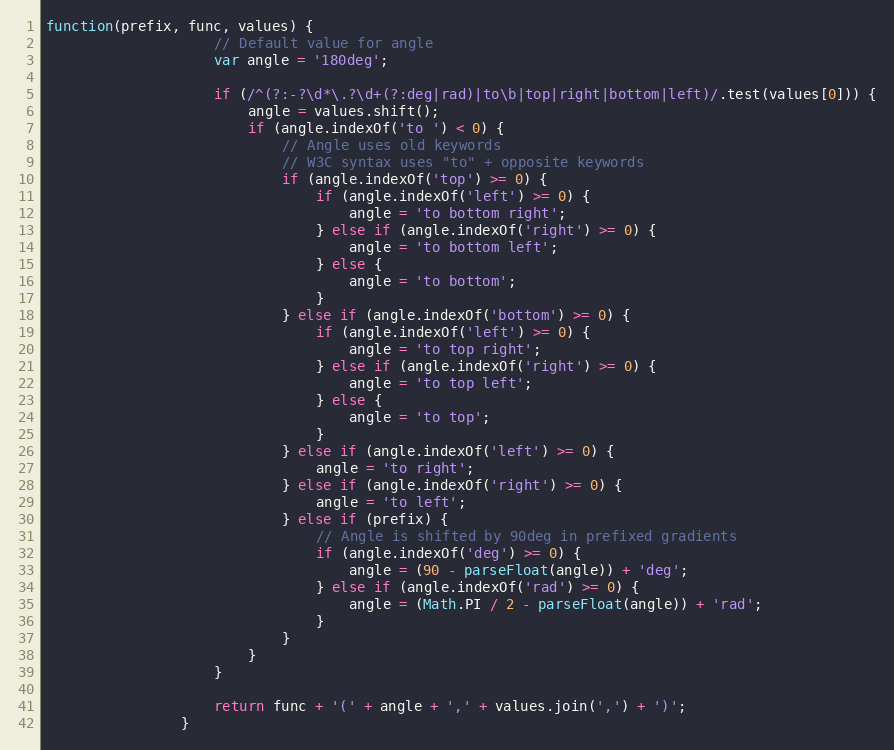
Language: JavaScript
function(prefix, func, values) {
					// Default value for angle
					var angle = '180deg';

					if (/^(?:-?\d*\.?\d+(?:deg|rad)|to\b|top|right|bottom|left)/.test(values[0])) {
						angle = values.shift();
						if (angle.indexOf('to ') < 0) {
							// Angle uses old keywords
							// W3C syntax uses "to" + opposite keywords
							if (angle.indexOf('top') >= 0) {
								if (angle.indexOf('left') >= 0) {
									angle = 'to bottom right';
								} else if (angle.indexOf('right') >= 0) {
									angle = 'to bottom left';
								} else {
									angle = 'to bottom';
								}
							} else if (angle.indexOf('bottom') >= 0) {
								if (angle.indexOf('left') >= 0) {
									angle = 'to top right';
								} else if (angle.indexOf('right') >= 0) {
									angle = 'to top left';
								} else {
									angle = 'to top';
								}
							} else if (angle.indexOf('left') >= 0) {
								angle = 'to right';
							} else if (angle.indexOf('right') >= 0) {
								angle = 'to left';
							} else if (prefix) {
								// Angle is shifted by 90deg in prefixed gradients
								if (angle.indexOf('deg') >= 0) {
									angle = (90 - parseFloat(angle)) + 'deg';
								} else if (angle.indexOf('rad') >= 0) {
									angle = (Math.PI / 2 - parseFloat(angle)) + 'rad';
								}
							}
						}
					}

					return func + '(' + angle + ',' + values.join(',') + ')';
				}